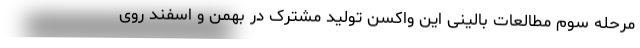
مرحله سوم مطالعات بالینی این واکسن تولید مشترک در بهمن و اسفند روی